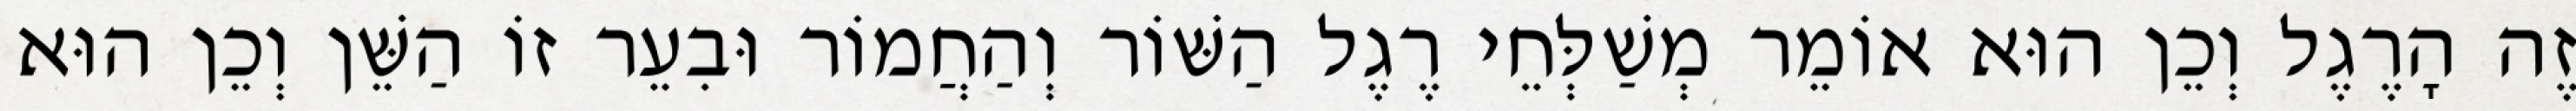
זֶה הָרֶגֶל וְכֵן הוּא אוֹמֵר מְשַׁלְּחֵי רֶגֶל הַשּׁוֹר וְהַחֲמוֹר וּבִעֵר זוֹ הַשֵּׁן וְכֵן הוּא